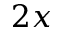
2 x